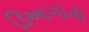
ડિઆગોની